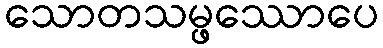
သောတသမ္ဖဿောပေ